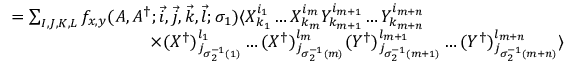
\begin{array} { r l } { } & { = \sum _ { I , J , K , L } f _ { x , y } ( A , A ^ { \dagger } ; \vec { i } , \vec { j } , \vec { k } , \vec { l } ; \sigma _ { 1 } ) \langle X _ { k _ { 1 } } ^ { i _ { 1 } } \dots X _ { k _ { m } } ^ { i _ { m } } Y _ { k _ { m + 1 } } ^ { i _ { m + 1 } } \dots Y _ { k _ { m + n } } ^ { i _ { m + n } } } \\ { } & { \qquad \qquad \qquad \qquad \times ( X ^ { \dagger } ) _ { j _ { \sigma _ { 2 } ^ { - 1 } ( 1 ) } } ^ { l _ { 1 } } \dots ( X ^ { \dagger } ) _ { j _ { \sigma _ { 2 } ^ { - 1 } ( m ) } } ^ { l _ { m } } ( Y ^ { \dagger } ) _ { j _ { \sigma _ { 2 } ^ { - 1 } ( m + 1 ) } } ^ { l _ { m + 1 } } \dots ( Y ^ { \dagger } ) _ { j _ { \sigma _ { 2 } ^ { - 1 } ( m + n ) } } ^ { l _ { m + n } } \rangle } \end{array}